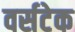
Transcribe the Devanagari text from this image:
वर्सटेक